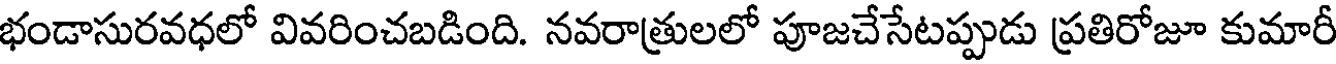
భండాసురవధలో వివరించబడింది. నవరాత్రులలో పూజచేసేటప్పుడు ప్రతిరోజూ కుమారీ